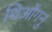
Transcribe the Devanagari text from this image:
शिओंगनु